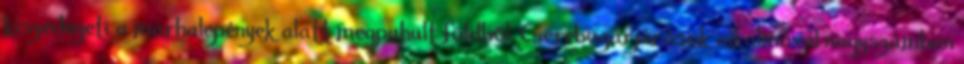
kiszedegeti a marhalepények alatt megpuhult földből. Cserebogárjárások alkalmával nagyszámban